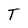
Character: T